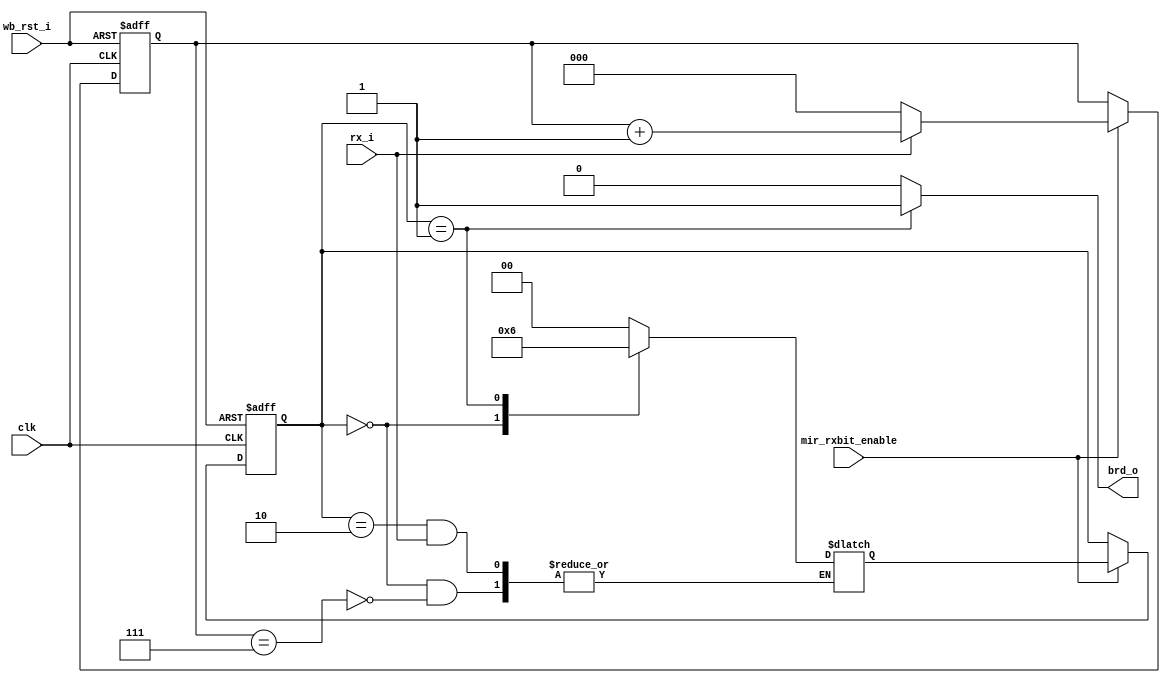
module irda_mir_break_det (clk, wb_rst_i, mir_rxbit_enable, rx_i, brd_o);
// break (brd_o) is asserted when count of 7 consequitive '1' is reached

input		clk;
input		wb_rst_i;
input		mir_rxbit_enable;
input		rx_i;  // input stream

output	brd_o;  // when break is detected the brd_o signal is asserted for one clock

reg		brd_o;
//reg		break_detected; // internal flag

reg	[2:0] counter8;

// FSM parameters and registers
parameter st_no_break = 0, st_break_detected = 1, st_break_hold = 2;
reg [1:0] break_state;
reg [1:0] next_state;

always @(posedge clk or posedge wb_rst_i)
begin
	if (wb_rst_i) begin
		counter8 <= #1 0;
	end else if (mir_rxbit_enable) begin
		if (rx_i == 0) begin  // no break
			counter8 <= #1 0;
		end else
			counter8 <= #1 counter8 + 1;
	end
end
	
// break detector FSM
always @(posedge clk or posedge wb_rst_i)
	if (wb_rst_i)
		break_state <= #1 st_no_break;
	else if (mir_rxbit_enable)
		break_state <= #1 next_state;


always @(break_state or counter8 or rx_i)
	case (break_state)
		st_no_break			:	if ((counter8 == 7) /*&& (rx_i == 1)*/)
										next_state <= #1 st_break_detected;
		st_break_detected :	next_state <= #1 st_break_hold;
		st_break_hold		:	if (rx_i == 0)
										next_state <= #1 st_no_break;
		default : next_state <= #1 st_no_break;
	endcase

// brd_o is asserted for one clock when state is st_break_detected
always @(break_state)
	case (break_state)
		st_break_detected : brd_o <= #1 1;
		default : brd_o <= #1 0;
	endcase
	
endmodule